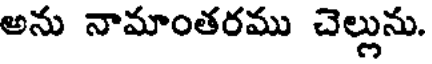
అను నామాంతరము చెల్లును.